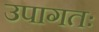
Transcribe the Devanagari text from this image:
उपागतः